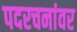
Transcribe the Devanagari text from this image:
पदरचनांवर